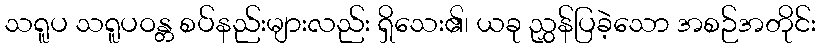
သရူပ သရူပဝန္တ စပ်နည်းများလည်း ရှိသေး၏၊ ယခု ညွှန်ပြခဲ့သော အစဉ်အတိုင်း